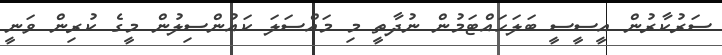
ސަރުކާރުން އީސީސީ ބަލަހައްޓަމުން ނުދާތީ މި މައްސަލަ ކައުންސިލުން މީގެ ކުރިން ވަނީ